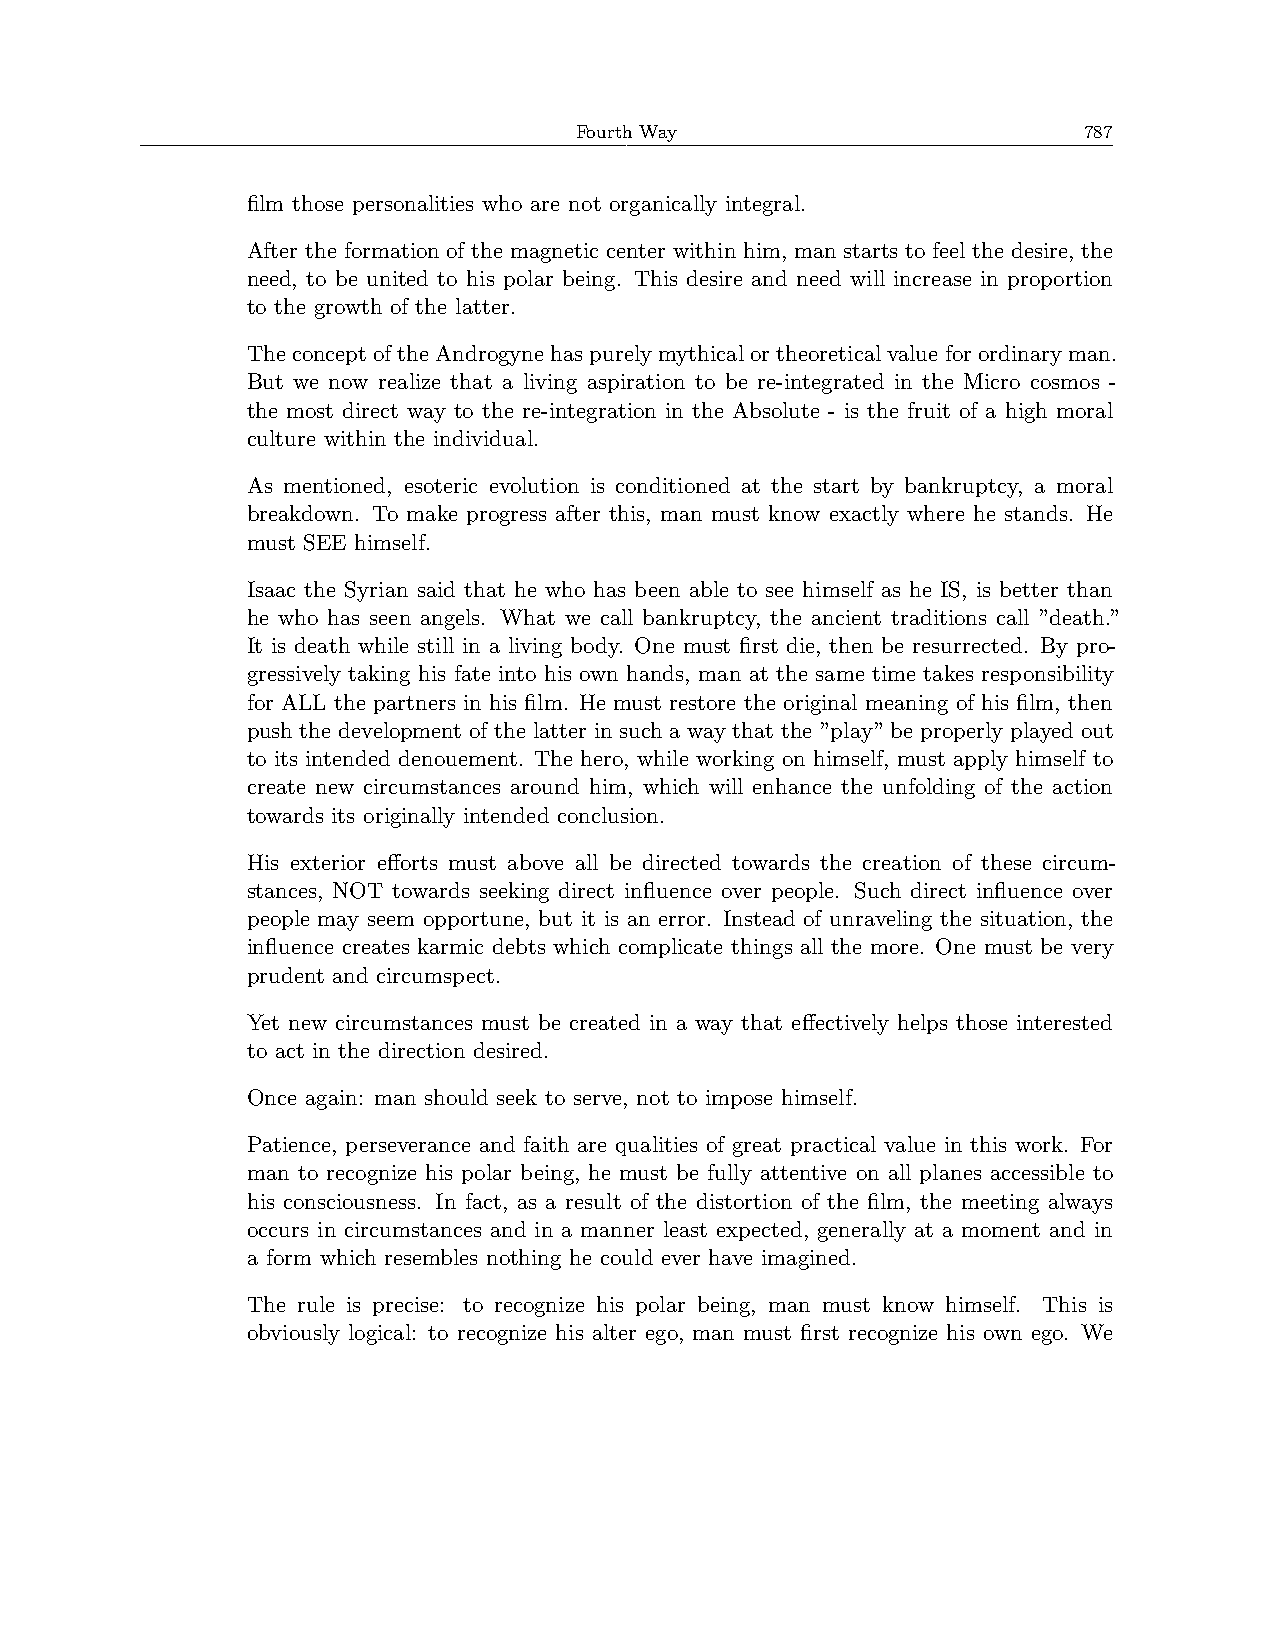
Fourth Way                        787
 film those personalities who are not organically integral.
 After the formation of the magnetic center within him, man starts to feel the desire, the
 need, to be united to his polar being. This desire and need will increase in proportion
 to the growth of the latter.
 TheconceptoftheAndrogynehaspurelymythicalortheoreticalvalueforordinaryman.
 But we now realize that a living aspiration to be re-integrated in the Micro cosmos -
 the most direct way to the re-integration in the Absolute - is the fruit of a high moral
 culture within the individual.
 As mentioned, esoteric evolution is conditioned at the start by bankruptcy, a moral
 breakdown. To make progress after this, man must know exactly where he stands. He
 must SEE himself.
 Isaac the Syrian said that he who has been able to see himself as he IS, is better than
 he who has seen angels. What we call bankruptcy, the ancient traditions call ”death.”
 It is death while still in a living body. One must first die, then be resurrected. By pro-
 gressively taking his fate into his own hands, man at the same time takes responsibility
 for ALL the partners in his film. He must restore the original meaning of his film, then
 push the development of the latter in such a way that the ”play” be properly played out
 to its intended denouement. The hero, while working on himself, must apply himself to
 create new circumstances around him, which will enhance the unfolding of the action
 towards its originally intended conclusion.
 His exterior efforts must above all be directed towards the creation of these circum-
 stances, NOT towards seeking direct influence over people. Such direct influence over
 people may seem opportune, but it is an error. Instead of unraveling the situation, the
 influence creates karmic debts which complicate things all the more. One must be very
 prudent and circumspect.
 Yet new circumstances must be created in a way that effectively helps those interested
 to act in the direction desired.
 Once again: man should seek to serve, not to impose himself.
 Patience, perseverance and faith are qualities of great practical value in this work. For
 man to recognize his polar being, he must be fully attentive on all planes accessible to
 his consciousness. In fact, as a result of the distortion of the film, the meeting always
 occurs in circumstances and in a manner least expected, generally at a moment and in
 a form which resembles nothing he could ever have imagined.
 The rule is precise: to recognize his polar being, man must know himself. This is
 obviously logical: to recognize his alter ego, man must first recognize his own ego. We